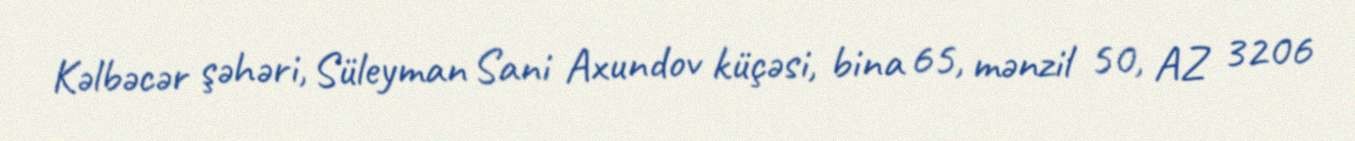
Kəlbəcər şəhəri, Süleyman Sani Axundov küçəsi, bina 65, mənzil 50, AZ 3206